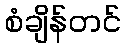
စံချိန်တင်